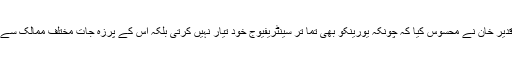
مڈل بری انسٹی ٹیوٹ فار انٹرنیشنل اسٹڈیز کے پروفیسر جیفرے لیوئس کے مطابق ڈاکٹر قدیر خان نے محسوس کیا کہ چونکہ یورینکو بھی تما تر سینٹریفیوج خود تیار نہیں کرتی بلکہ اس کے پرزہ جات مختلف ممالک سے درآمد کرتی تھی لہذا پاکستان خود بھی سینٹری فیوج تیار کرنے میں کامیاب ہو سکتا ہے۔